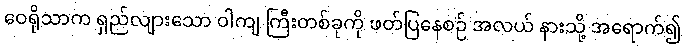
ဝေရိုသာက ရှည်လျားသော ဝါကျ ကြီးတစ်ခုကို ဖတ်ပြနေစဉ် အလယ် နားသို့ အရောက်၍